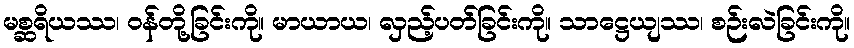
မစ္ဆရိယဿ၊ ဝန်တို့ခြင်းကို။ မာယာယ၊ လှည့်ပတ်ခြင်းကို။ သာဋ္ဌေယျဿ၊ စဉ်းလဲခြင်းကို။